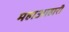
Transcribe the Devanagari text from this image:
महाआहारी